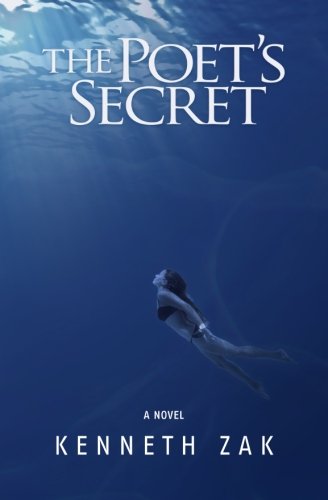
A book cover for The Poet's Secret; Kenneth Zak; Romance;